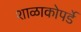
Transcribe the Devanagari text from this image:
शाळाकोपर्डे